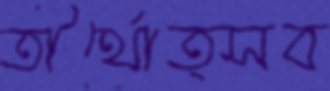
তীর্থোত্সব